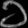
Digit: ၁